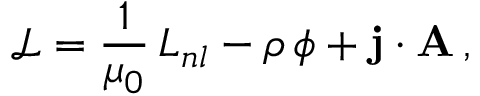
\mathcal { L } = \frac { 1 } { \mu _ { 0 } } \, L _ { n l } - \rho \, \phi + { \bf j } \cdot { \bf A } \, ,